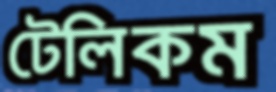
টেলিকম